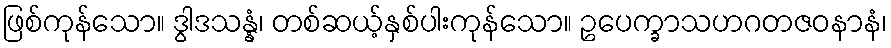
ဖြစ်ကုန်သော။ ဒွါဒသန္နံ၊ တစ်ဆယ့်နှစ်ပါးကုန်သော။ ဥပေက္ခာသဟဂတဇဝနာနံ၊